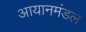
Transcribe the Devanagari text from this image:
आयानमंडल